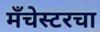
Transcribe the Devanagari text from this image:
मँचेस्टरचा